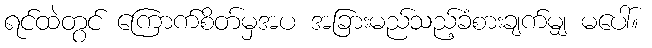
ရင်ထဲတွင် ကြောက်စိတ်မှအပ အခြားမည်သည့်ခံစားချက်မျှ မပေါ်။